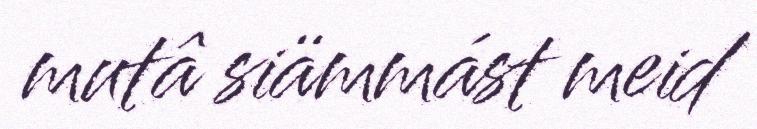
mutâ siämmást meid